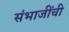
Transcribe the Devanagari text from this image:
संभाजींची